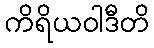
ကိရိယဝါဒီတိ